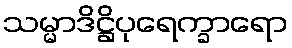
သမ္မာဒိဋ္ဌိပုရေက္ခာရော